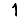
Digit: 1